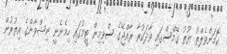
ކޮމަންވެލްތު ޔޫތު ގޭމްސްގައި ވާދަކުރާ ރާއްޖޭގެ ސްވިމިން ޓީމުގައި ހިމެނެނީ ނިޝްވާންގެ އިތުރުން